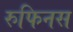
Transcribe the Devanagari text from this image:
रुफिनस